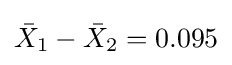
{\bar {X}}_{1}-{\bar {X}}_{2}=0.095